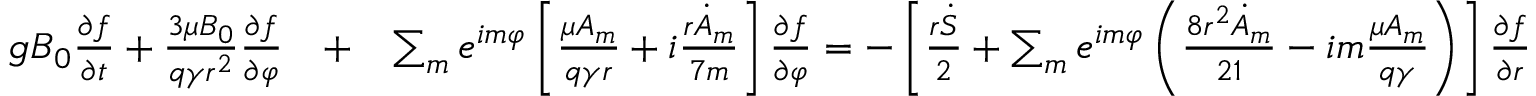
\begin{array} { r l r } { g B _ { 0 } \frac { \partial f } { \partial t } + \frac { 3 \mu B _ { 0 } } { q \gamma r ^ { 2 } } \frac { \partial f } { \partial \varphi } } & { + } & { \sum _ { m } e ^ { i m \varphi } \left[ \frac { \mu A _ { m } } { q \gamma r } + i \frac { r \dot { A } _ { m } } { 7 m } \right] \frac { \partial f } { \partial \varphi } = - \left[ \frac { r \dot { S } } { 2 } + \sum _ { m } e ^ { i m \varphi } \left( \frac { 8 r ^ { 2 } \dot { A } _ { m } } { 2 1 } - i m \frac { \mu A _ { m } } { q \gamma } \right) \right] \frac { \partial f } { \partial r } } \end{array}